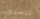
غيسبون